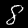
Digit: 8